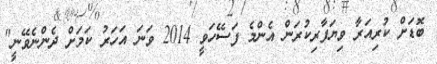
ބޮޑަށް ކުރިއަރާ ވިޔަފާރިކުރަން އެންމެ ފަސޭހަވީ 2014 ވަނަ އަހަރު ކަމަށް ދެންނެވޭނީ"